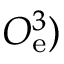
O _ { \mathrm { e } } ^ { 3 } )